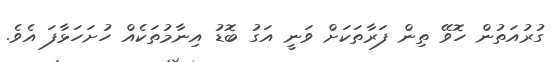
ގުރުއަތުން ހޮވޭ ތިން ފަރާތަކަށް ވަނީ އަގު ބޮޑު އިނާމުތަކެއް ހުށަހަޅާފަ އެވެ.